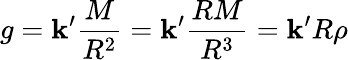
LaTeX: g=\mathbf{k}^{\prime}{\frac{{M}}{{R^{2}}}}=\mathbf{k}^{\prime}{\frac{{RM}}{{R^{3}}}}=\mathbf{k}^{\prime}R\rho